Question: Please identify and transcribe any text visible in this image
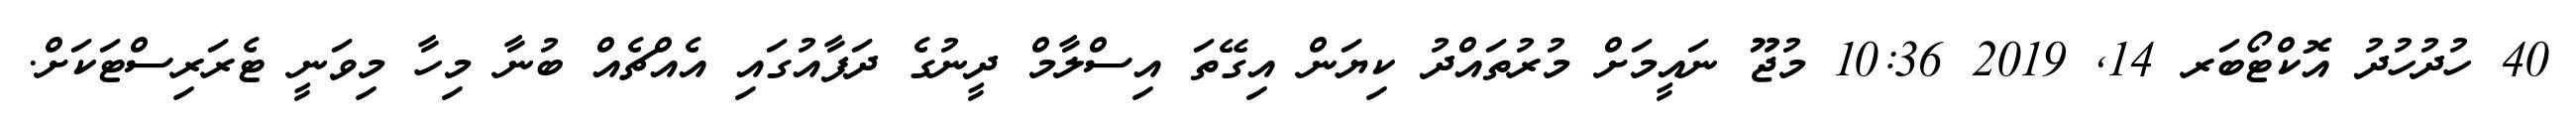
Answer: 40 ހުދުހުދު އޮކްޓޯބަރ 14, 2019 10:36 މުޖޫ ނައީމަށް މުރުތައްދު ކިޔަން އިގޭތަ އިސްލާމް ދީނުގެ ދަފާއުގައި އެއްޗެއް ބުނާ މިހާ މިވަނީ ޓެރަރިސްޓަކަށް.